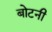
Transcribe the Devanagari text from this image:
बोटनी